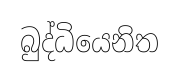
බුද්ධියෙනිත